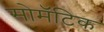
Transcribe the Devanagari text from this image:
सोमॅटिक